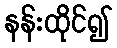
နန်းထိုင်၍